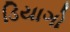
ડિયાગો